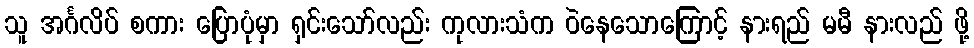
သူ အင်္ဂလိပ် စကား ပြောပုံမှာ ရှင်းသော်လည်း ကုလားသံက ဝဲနေသောကြောင့် နားရည် မမီ နားလည် ဖို့